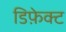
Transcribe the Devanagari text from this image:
डिफ़ेक्ट